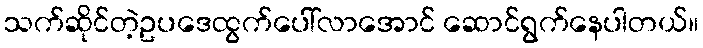
သက်ဆိုင်တဲ့ဥပဒေထွက်ပေါ်လာအောင် ဆောင်ရွက်နေပါတယ်။